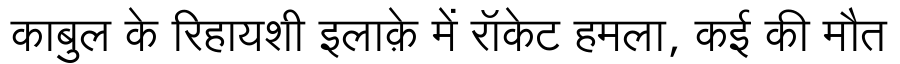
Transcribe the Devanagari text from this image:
काबुल के रिहायशी इलाक़े में रॉकेट हमला, कई की मौत